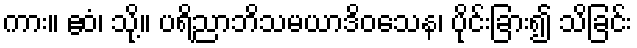
ကား။ ဧဝံ၊ သို့။ ပရိညာဘိသမယာဒိဝသေန၊ ပိုင်းခြား၍ သိခြင်း